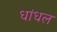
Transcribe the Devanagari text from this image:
धांधल